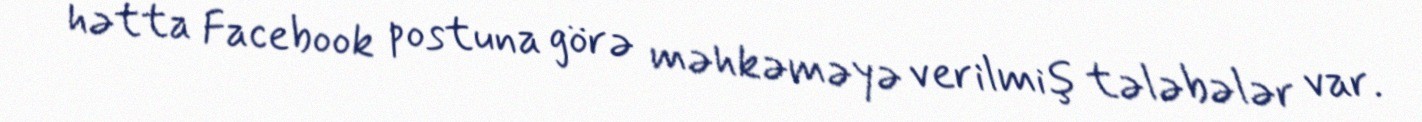
hətta Facebook postuna görə məhkəməyə verilmiş tələbələr var.